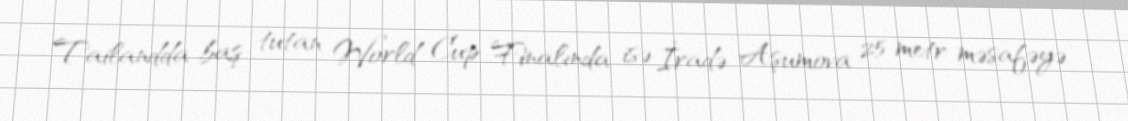
Tailandda baş tutan World Cup Finalında isə İradə Aşumova 25 metr məsafəyə